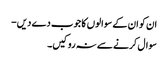
ان کو ان کے سوالوں کا جوب دے دیں-
سوال کرنے سے نہ روکیں۔